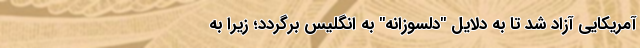
آمریکایی آزاد شد تا به دلایل "دلسوزانه" به انگلیس برگردد؛ زیرا به